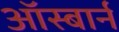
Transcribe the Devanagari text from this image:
ऑस्बार्न